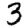
Digit: 3